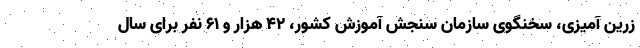
زرین آمیزی، سخنگوی سازمان سنجش آموزش کشور، ۴۲ هزار و ۶۱ نفر برای سال